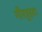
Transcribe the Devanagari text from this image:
गीरत्रुइदा